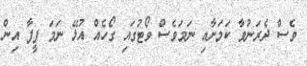
ވެސް ދެރަނުވާ ކަމަށާއި ނަމަވެސް ވޯޓުގައި ގޯހެއް އުޅޭ ނަމަ ފީފާ އިން